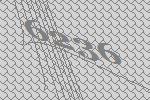
6236